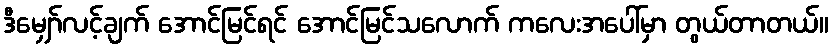
ဒီမျှော်လင့်ချက် အောင်မြင်ရင် အောင်မြင်သလောက် ကလေးအပေါ်မှာ တွယ်တာတယ်။